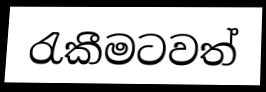
රැකීමටවත්